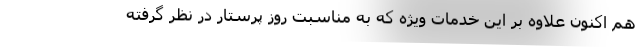
هم اکنون علاوه بر این خدمات ویژه که به مناسبت روز پرستار در نظر گرفته